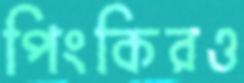
পিংকিরও